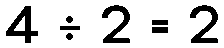
4 ÷ 2 = 2